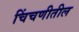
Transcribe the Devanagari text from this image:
चिंचणीतील